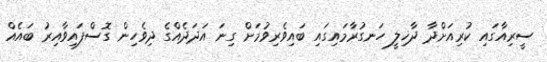
ސީރިއާގައި ކުރިއަށްދާ ދާޚިލީ ހަނގުރާމައިގައި ބައިވެރިވުމަށް ގިނަ އަދަދެއްގެ ދިވެހިން ގޮސްފައިވާއިރު ބައެއް